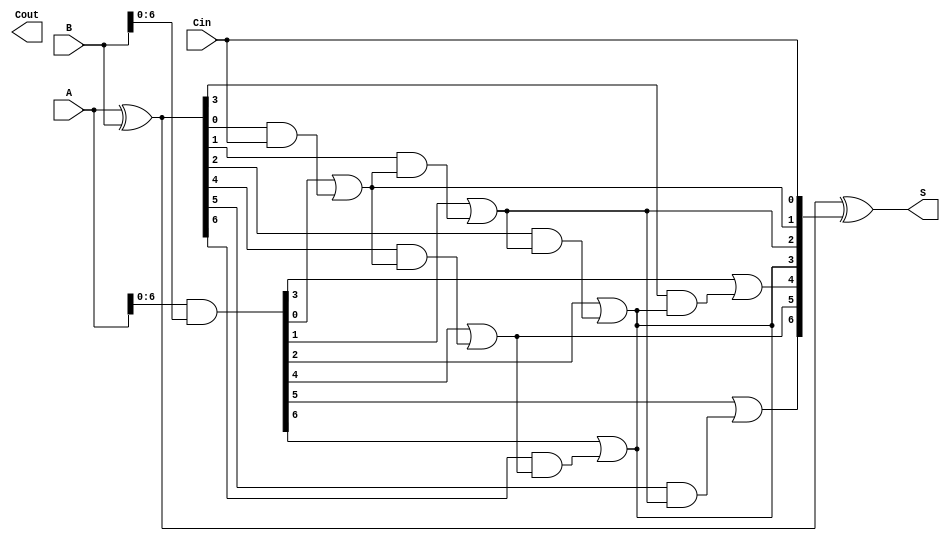
module brent_kung_adder #(parameter N = 8) (
    input [N-1:0] A,
    input [N-1:0] B,
    input Cin,
    output [N-1:0] S,
    output Cout
);

    // Generate and Propagate signals
    wire [N-1:0] G;
    wire [N-1:0] P;
    
    assign G = A & B;      // Generate
    assign P = A ^ B;      // Propagate

    // Carry signals
    wire [N:0] C;          // C[0] is Cin, C[N] is Cout
    assign C[0] = Cin;

    // Brent-Kung carry generation
    genvar i;
    generate
        // Level 1
        for (i = 0; i < N/2; i = i + 1) begin: level1
            assign C[i + 1] = G[i] | (P[i] & C[i]);
        end

        // Level 2
        for (i = 0; i < N/4; i = i + 1) begin: level2
            assign C[i + 1 + N/2] = G[i + N/2] | (P[i + N/2] & C[i + 1]);
        end

        // Level 3
        for (i = 0; i < N/8; i = i + 1) begin: level3
            assign C[i + 1 + N/4] = G[i + 3*N/4] | (P[i + 3*N/4] & C[i + 1 + N/2]);
        end

        // You may need to add more levels depending on the value of N

    endgenerate

    // Sum generation
    assign S = P ^ {C[N-1:0]}; // S[i] = P[i] XOR C[i]

    // Final carry out
    assign Cout = C[N];

endmodule